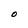
Character: O